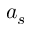
a _ { s }